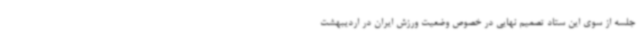
جلسه از سوی این ستاد تصمیم نهایی در خصوص وضعیت ورزش ایران در اردیبهشت